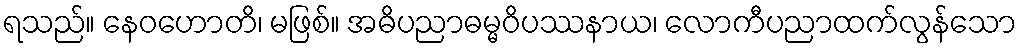
ရသည်။ နေဝဟောတိ၊ မဖြစ်။ အဓိပညာဓမ္မဝိပဿနာယ၊ လောကီပညာထက်လွန်သော